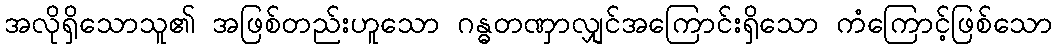
အလိုရှိသောသူ၏ အဖြစ်တည်းဟူသော ဂန္ဓတဏှာလျှင်အကြောင်းရှိသော ကံကြောင့်ဖြစ်သော